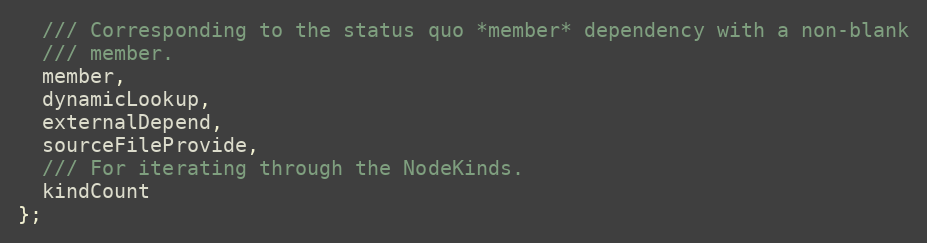
Language: C
  /// Corresponding to the status quo *member* dependency with a non-blank
  /// member.
  member,
  dynamicLookup,
  externalDepend,
  sourceFileProvide,
  /// For iterating through the NodeKinds.
  kindCount
};